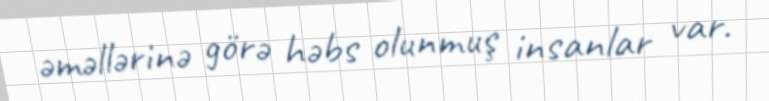
əməllərinə görə həbs olunmuş insanlar var.